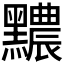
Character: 𪒬